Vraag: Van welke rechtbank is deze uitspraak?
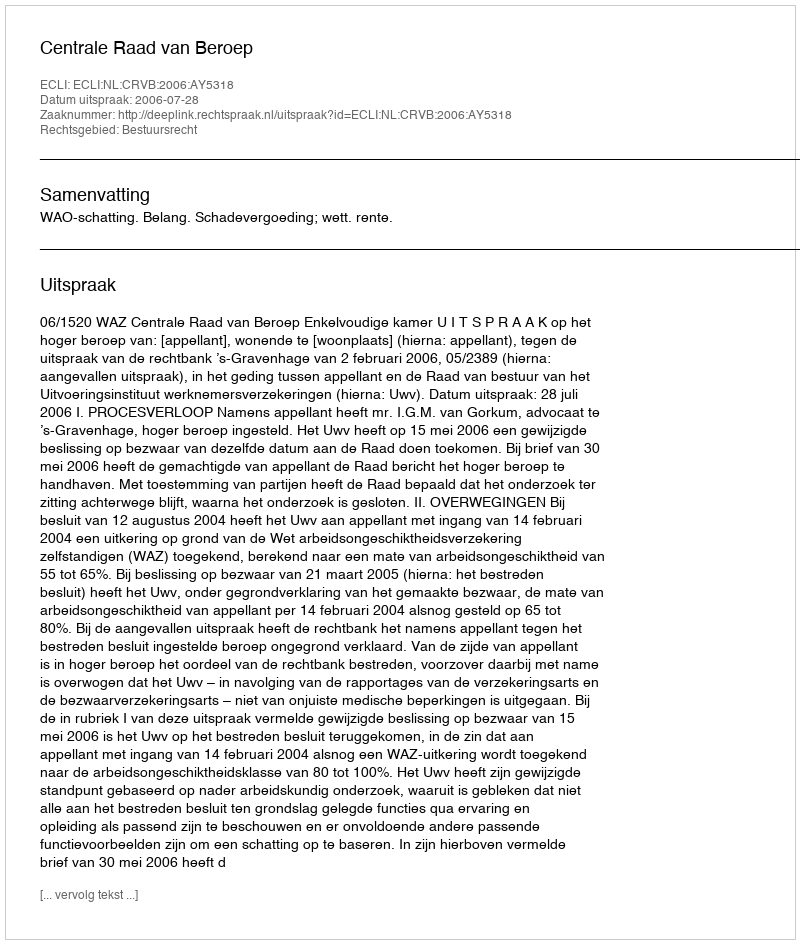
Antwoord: Centrale Raad van Beroep